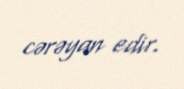
cərəyan edir.